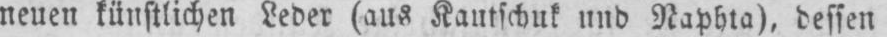
neuen künstlichen Leder (aus Kautschuk und Naphta), dessen